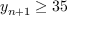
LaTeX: y _ { n + 1 } \geq 3 5